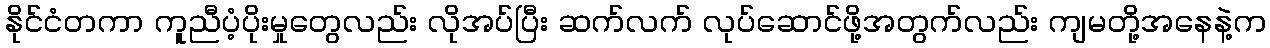
နိုင်ငံတကာ ကူညီပံ့ပိုးမှုတွေလည်း လိုအပ်ပြီး ဆက်လက် လုပ်ဆောင်ဖို့အတွက်လည်း ကျမတို့အနေနဲ့က